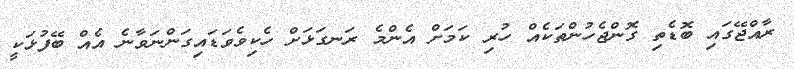
ރާއްޖޭގައި ބޮޑެތި ގޮންޖެހުންތަކެއް ހުރި ކަމަށް އެންމެ ރަނގަޅަށް ހެކިވެވަޑައިގަންނަވާނެ އެއް ބޭފުޅަކީ